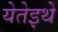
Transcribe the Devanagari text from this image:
येतेइथे